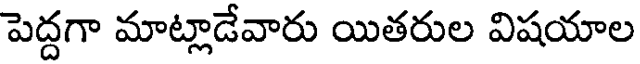
పెద్దగా మాట్లాడేవారు యితరుల విషయాల